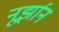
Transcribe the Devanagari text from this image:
नूर्झान